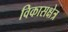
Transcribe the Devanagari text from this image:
विकासक्षेत्र